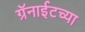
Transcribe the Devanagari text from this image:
ग्रॅनाईटच्या